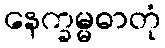
နေက္ခမ္မဓာတုံ